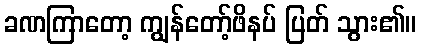
ခဏကြာတော့ ကျွန်တော့်ဖိနပ် ပြတ် သွား၏။